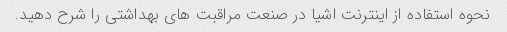
نحوه استفاده از اینترنت اشیا در صنعت مراقبت های بهداشتی را شرح دهید.